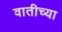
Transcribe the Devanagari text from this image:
वातीच्या